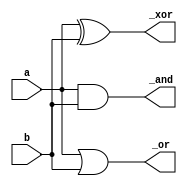
module Go2_DE1(a,b,_and,_or,_xor);
	input a,b;
	output _and,_or,_xor;

	assign _and = a&b;
	assign _or = a|b;
	assign _xor = a^b;

endmodule